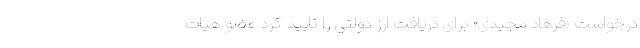
درخواست «فرهاد مجیدی» برای دریافت ارز دولتی را تایید کرد عضو هیات